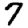
Digit: 7